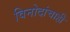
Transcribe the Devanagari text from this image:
विनोदांचाही